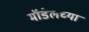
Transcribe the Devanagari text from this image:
मॉडेलच्या